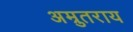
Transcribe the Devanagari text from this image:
अम्रुतराय